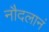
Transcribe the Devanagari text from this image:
नौदलानं